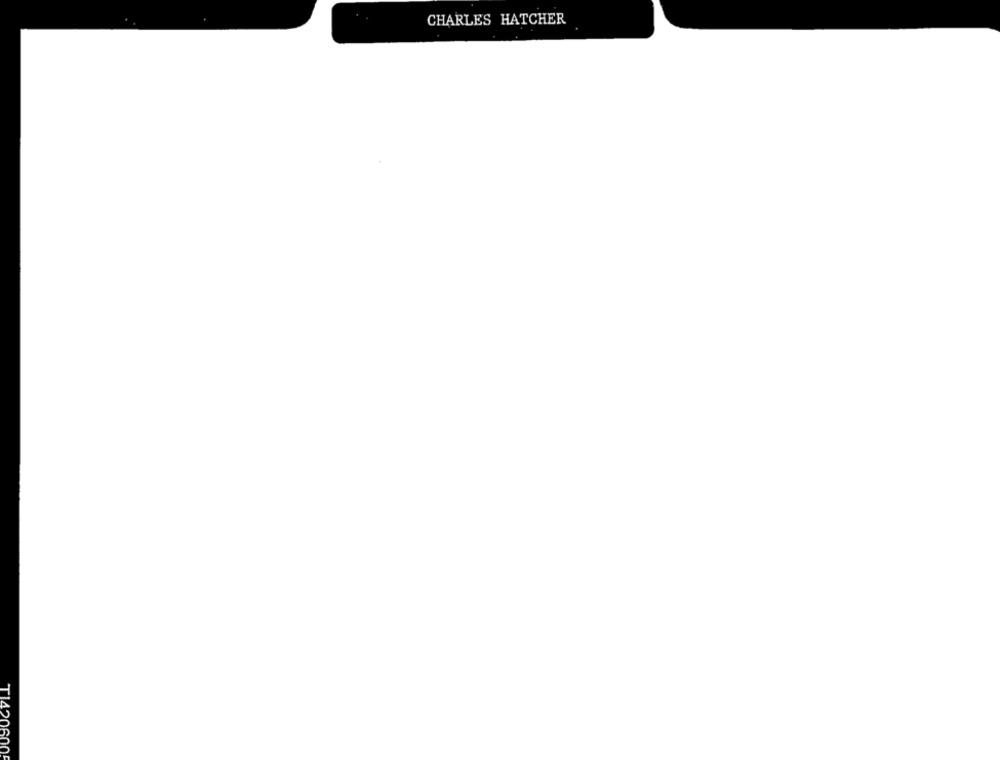
CHARLES HATCHER
TI420600